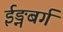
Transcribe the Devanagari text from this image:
ईड्नबर्ग